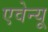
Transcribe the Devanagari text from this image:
एवेन्‍यू